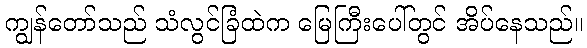
ကျွန်တော်သည် သံလွင်ခြံထဲက မြေကြီးပေါ်တွင် အိပ်နေသည်။